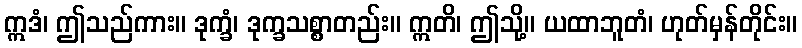
ဣဒံ၊ ဤသည်ကား။ ဒုက္ခံ၊ ဒုက္ခသစ္စာတည်း။ ဣတိ၊ ဤသို့။ ယထာဘူတံ၊ ဟုတ်မှန်တိုင်း။